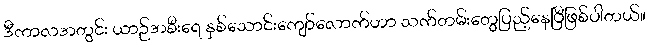
ဒီကာလအတွင်း ယာဉ်အစီးရေ နှစ်သောင်းကျော်လောက်ဟာ သက်တမ်းတွေပြည့်နေပြီဖြစ်ပါတယ်။